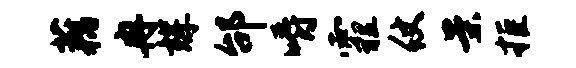
藕冉辉邰嚼霾仗案拒